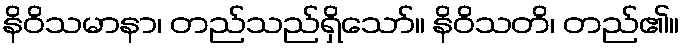
နိဝိသမာနာ၊ တည်သည်ရှိသော်။ နိဝိသတိ၊ တည်၏။